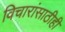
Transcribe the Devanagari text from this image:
विचारांसाठीही